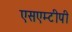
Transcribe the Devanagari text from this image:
एसएम्टीपी